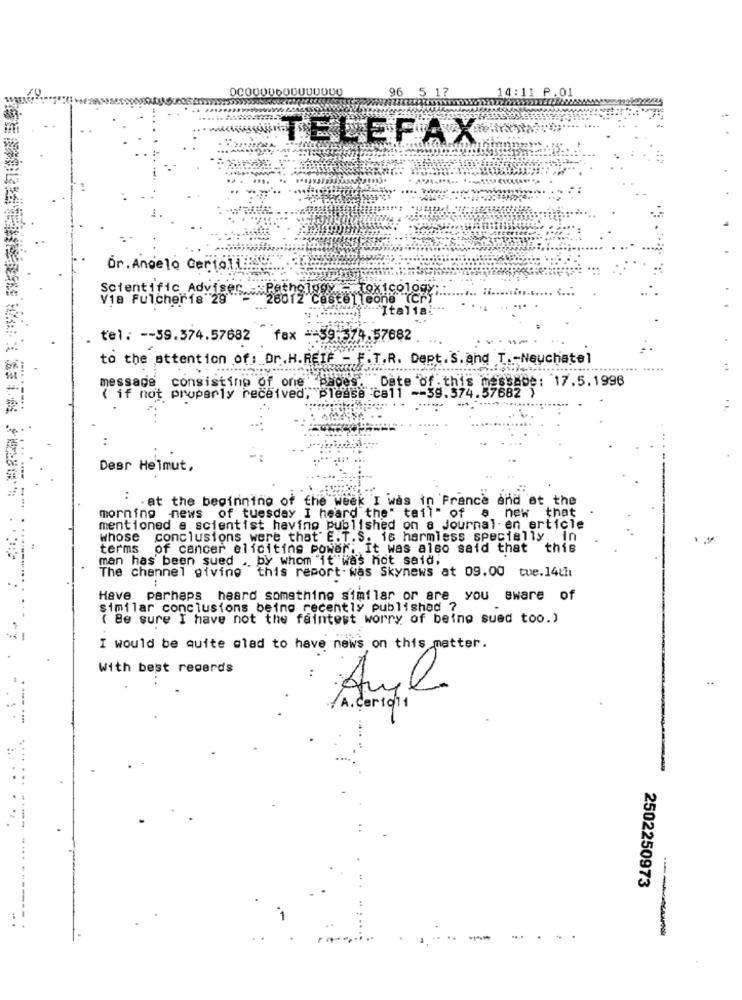
96
TELEFAX
Or. Angelo Cerioli:
Scientific Adviser Pathology - Toxicology
Via Fulcherfa 29
Tleone (CF)
""Italia
tel: -- 59.374.57682
fax =- 59-574.57682
to the attention of: Dr.H.REIF - F.T.R. Dept. S. and T .- Neuchatel
.............. .....
message consisting of one da
Date of this message: 17.5.1996
( if not properly received, please call -- 39.374.57682 )
..
Desr Heimut,
. . at the beginning of the week I was in France and at the
morning news of tuesday I heard the" tail" of a new that
mentioned a scientist having published on a journal en article
whose conclusions were that' E. T.S. is harmless specially in
terms of cancer eliciting power; It was also said that this
man has been sued . by whom it was not said,
The channel giving this report-was Skynews at 09.00 tue.14th
Have perhaps heard something similar or are you aware of
similar conclusions being recently published ?
( Be sure I have not the faintest worry of being sued too.)
I would be quite glad to have news on this matter.
With best regards
..
..
Aul
A.Certo11
.------
2502250973
:
-
...